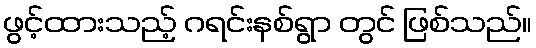
ဖွင့်ထားသည့် ဂရင်းနစ်ရွာ တွင် ဖြစ်သည်။